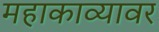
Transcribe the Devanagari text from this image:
महाकाव्यावर